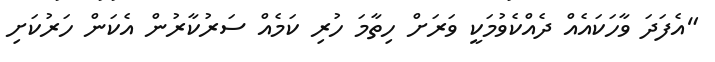
"އެފަދަ ވާހަކައެއް ދެއްކެވުމަކީ ވަރަށް ހިތާމަ ހުރި ކަމެއް ސަރުކާރުން އެކަން ހަރުކަށި